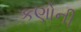
કણોની